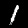
Digit: 1